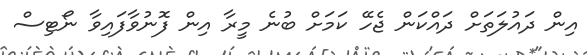
އިން ދައުލަތަށް ދައްކަން ޖެހޭ ކަމަށް ބުނެ މީރާ އިން ފޮނުވާފައިވާ ނޯޓިސް